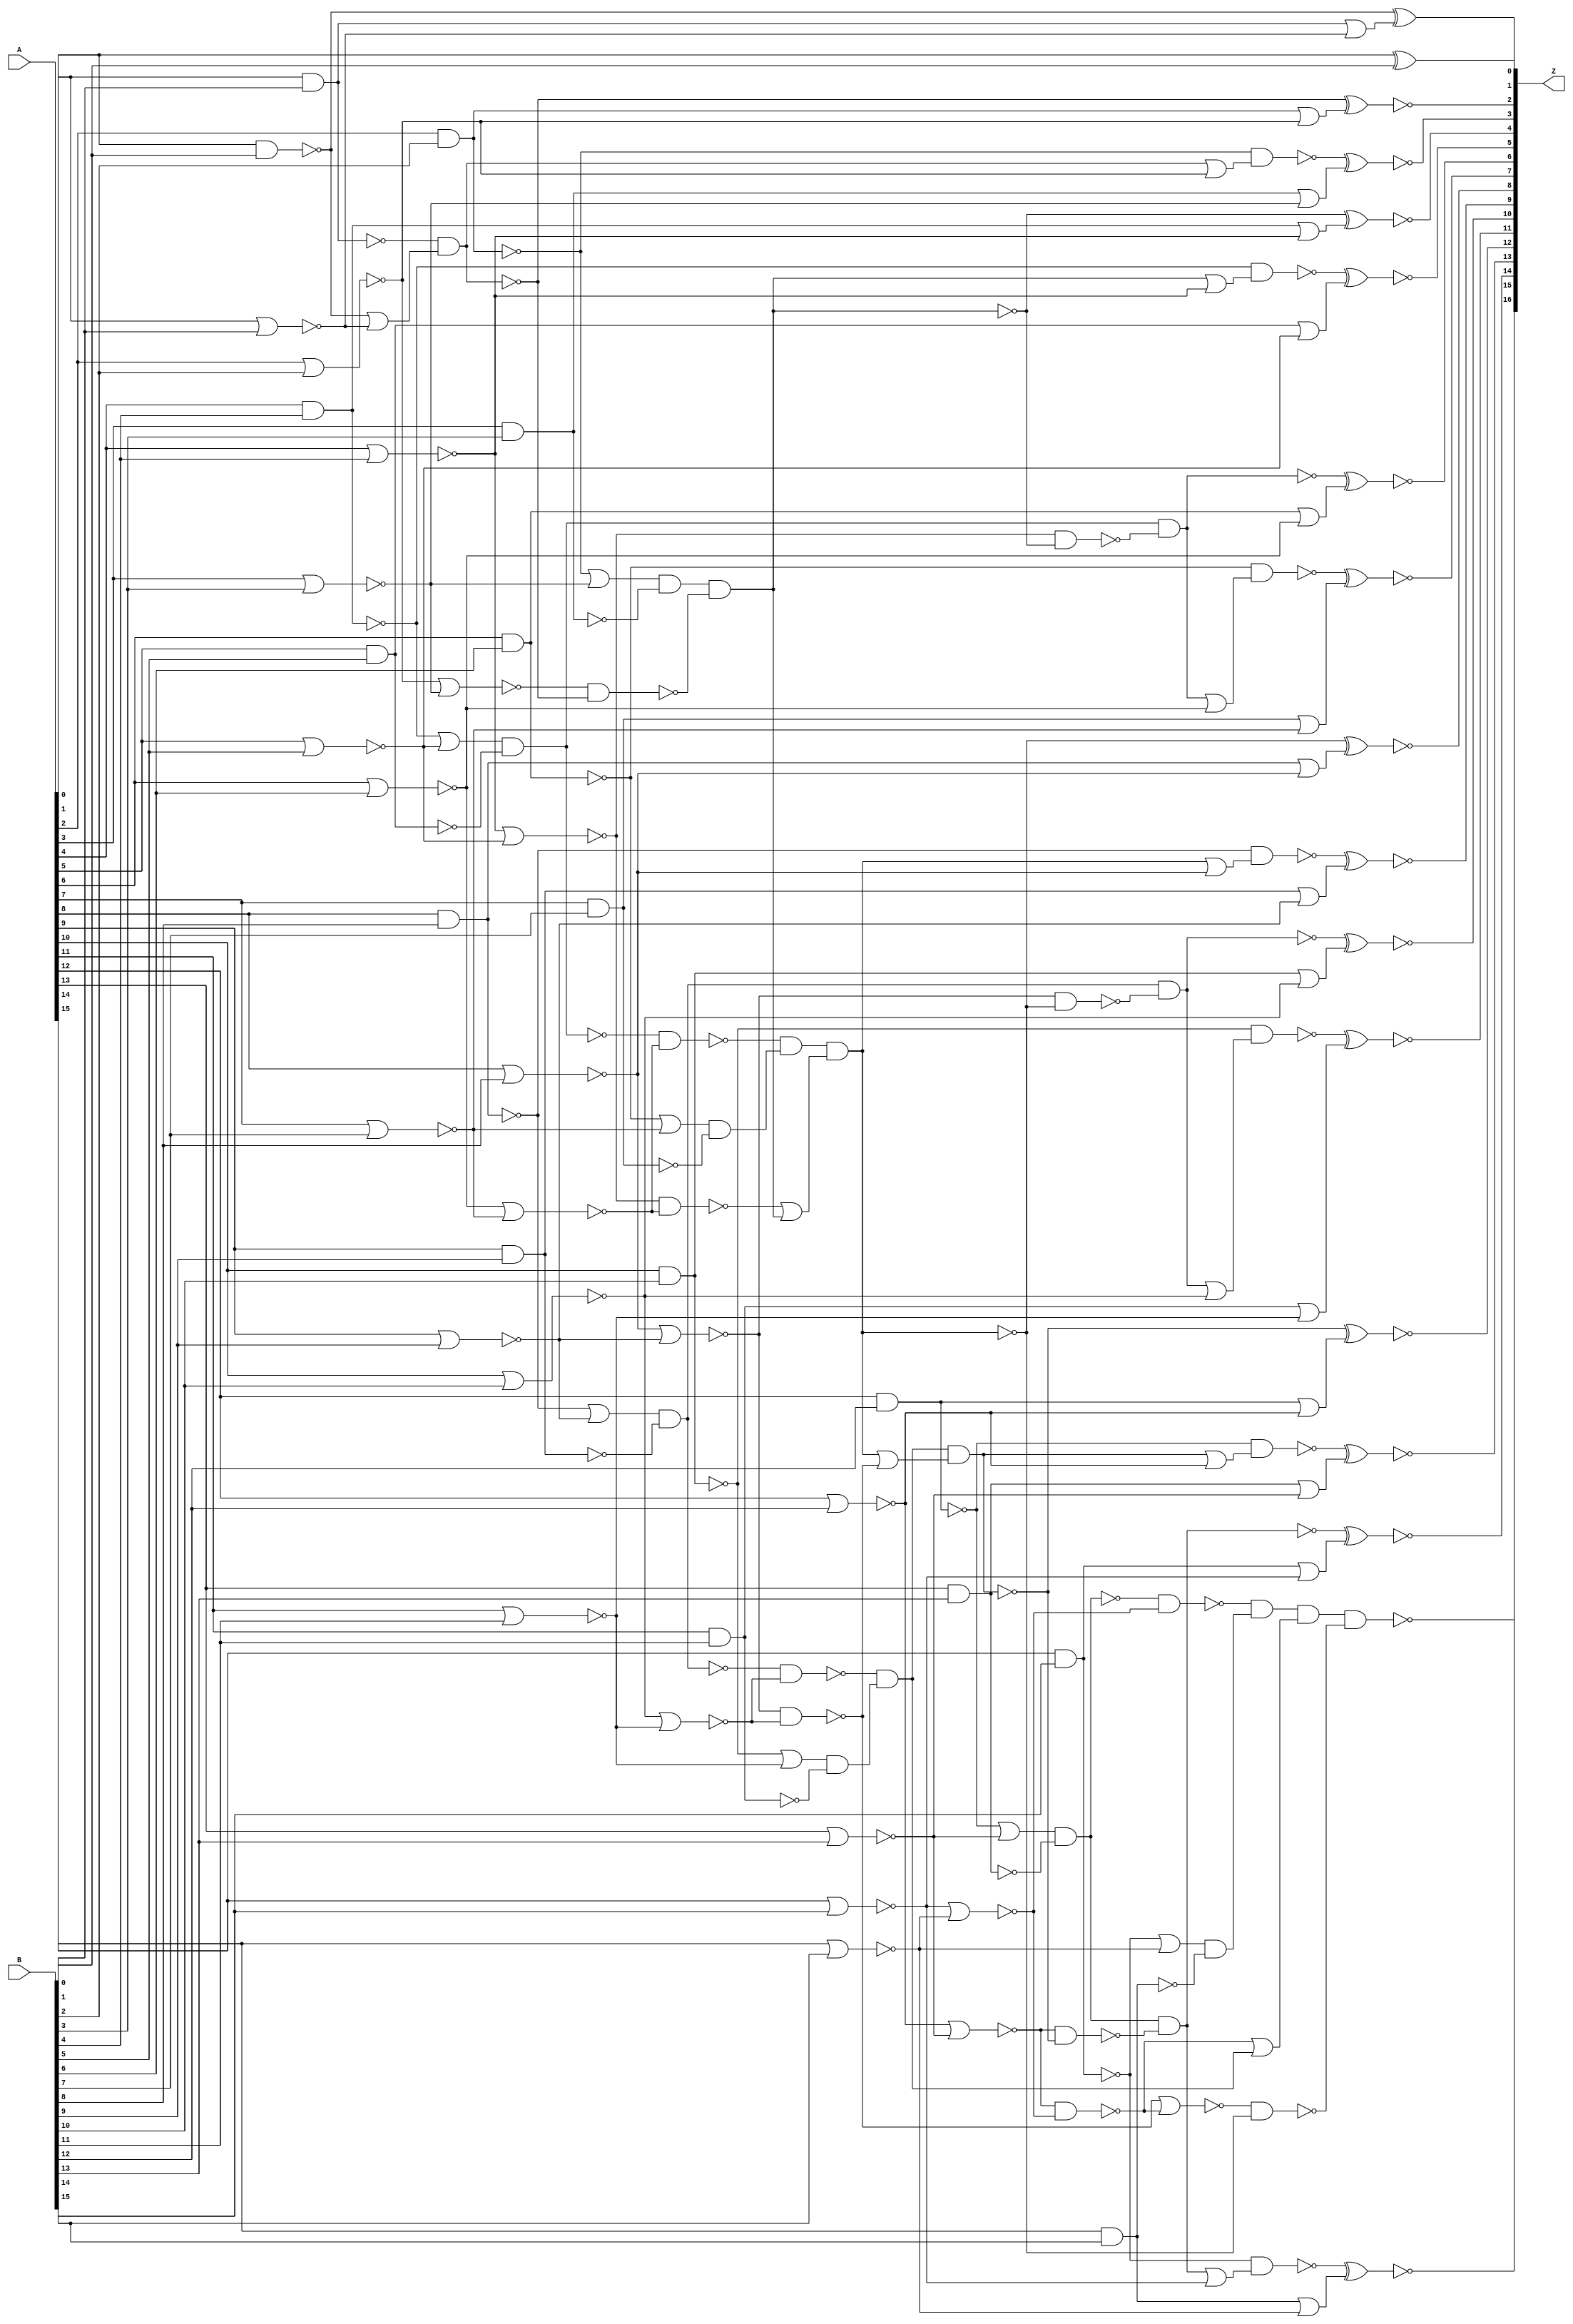
module G2C_DP_add_unsigned_GENERIC_REAL(A, B, Z);
// synthesis_equation add_unsigned
  input [15:0] A, B;
  output [16:0] Z;
  wire [15:0] A, B;
  wire [16:0] Z;
  wire n_51, n_54, n_57, n_58, n_59, n_60, n_61, n_62;
  wire n_64, n_65, n_66, n_67, n_68, n_70, n_71, n_72;
  wire n_73, n_74, n_76, n_77, n_78, n_79, n_80, n_82;
  wire n_83, n_84, n_85, n_86, n_88, n_89, n_90, n_91;
  wire n_92, n_94, n_95, n_96, n_97, n_98, n_100, n_101;
  wire n_102, n_103, n_104, n_105, n_106, n_108, n_109, n_111;
  wire n_112, n_113, n_115, n_116, n_118, n_119, n_120, n_122;
  wire n_123, n_125, n_126, n_127, n_129, n_130, n_131, n_132;
  wire n_133, n_134, n_136, n_137, n_138, n_139, n_140, n_142;
  wire n_143, n_144, n_145, n_146, n_148, n_150, n_151, n_153;
  wire n_155, n_156, n_158, n_160, n_161, n_163, n_164, n_165;
  wire n_167, n_168, n_169, n_171, n_172, n_173, n_175, n_176;
  wire n_177, n_179, n_180, n_181, n_183, n_184, n_185, n_187;
  wire n_188, n_189, n_191, n_192;
  xor g1 (Z[0], A[0], B[0]);
  nand g2 (n_51, A[0], B[0]);
  nor g6 (n_54, A[1], B[1]);
  nand g7 (n_57, A[1], B[1]);
  nor g8 (n_64, A[2], B[2]);
  nand g9 (n_59, A[2], B[2]);
  nor g10 (n_60, A[3], B[3]);
  nand g11 (n_61, A[3], B[3]);
  nor g12 (n_70, A[4], B[4]);
  nand g13 (n_65, A[4], B[4]);
  nor g14 (n_66, A[5], B[5]);
  nand g15 (n_67, A[5], B[5]);
  nor g16 (n_76, A[6], B[6]);
  nand g17 (n_71, A[6], B[6]);
  nor g18 (n_72, A[7], B[7]);
  nand g19 (n_73, A[7], B[7]);
  nor g20 (n_82, A[8], B[8]);
  nand g21 (n_77, A[8], B[8]);
  nor g22 (n_78, A[9], B[9]);
  nand g23 (n_79, A[9], B[9]);
  nor g24 (n_88, A[10], B[10]);
  nand g25 (n_83, A[10], B[10]);
  nor g26 (n_84, A[11], B[11]);
  nand g27 (n_85, A[11], B[11]);
  nor g28 (n_94, A[12], B[12]);
  nand g29 (n_89, A[12], B[12]);
  nor g30 (n_90, A[13], B[13]);
  nand g31 (n_91, A[13], B[13]);
  nor g32 (n_100, A[14], B[14]);
  nand g33 (n_95, A[14], B[14]);
  nor g34 (n_96, A[15], B[15]);
  nand g35 (n_97, A[15], B[15]);
  nand g38 (n_102, n_57, n_58);
  nor g39 (n_62, n_59, n_60);
  nor g42 (n_101, n_64, n_60);
  nor g43 (n_68, n_65, n_66);
  nor g46 (n_111, n_70, n_66);
  nor g47 (n_74, n_71, n_72);
  nor g50 (n_105, n_76, n_72);
  nor g51 (n_80, n_77, n_78);
  nor g54 (n_118, n_82, n_78);
  nor g55 (n_86, n_83, n_84);
  nor g58 (n_112, n_88, n_84);
  nor g59 (n_92, n_89, n_90);
  nor g62 (n_125, n_94, n_90);
  nor g63 (n_98, n_95, n_96);
  nor g66 (n_119, n_100, n_96);
  nand g67 (n_104, n_101, n_102);
  nand g68 (n_127, n_103, n_104);
  nand g73 (n_126, n_111, n_105);
  nand g78 (n_136, n_118, n_112);
  nand g83 (n_131, n_125, n_119);
  nand g86 (n_138, n_129, n_130);
  nor g87 (n_134, n_131, n_132);
  nor g90 (n_137, n_136, n_131);
  nand g91 (n_140, n_137, n_138);
  nand g92 (Z[16], n_139, n_140);
  nand g95 (n_145, n_132, n_142);
  nand g96 (n_143, n_111, n_127);
  nand g97 (n_151, n_106, n_143);
  nand g98 (n_144, n_118, n_138);
  nand g99 (n_156, n_113, n_144);
  nand g100 (n_146, n_125, n_145);
  nand g101 (n_161, n_120, n_146);
  nand g104 (n_167, n_59, n_148);
  nand g107 (n_171, n_65, n_150);
  nand g110 (n_175, n_71, n_153);
  nand g113 (n_179, n_77, n_155);
  nand g116 (n_183, n_83, n_158);
  nand g119 (n_187, n_89, n_160);
  nand g122 (n_191, n_95, n_163);
  xnor g126 (Z[2], n_102, n_165);
  xnor g129 (Z[3], n_167, n_168);
  xnor g131 (Z[4], n_127, n_169);
  xnor g134 (Z[5], n_171, n_172);
  xnor g136 (Z[6], n_151, n_173);
  xnor g139 (Z[7], n_175, n_176);
  xnor g141 (Z[8], n_138, n_177);
  xnor g144 (Z[9], n_179, n_180);
  xnor g146 (Z[10], n_156, n_181);
  xnor g149 (Z[11], n_183, n_184);
  xnor g151 (Z[12], n_145, n_185);
  xnor g154 (Z[13], n_187, n_188);
  xnor g156 (Z[14], n_161, n_189);
  xnor g159 (Z[15], n_191, n_192);
  or g162 (n_58, n_51, n_54);
  and g163 (n_103, wc, n_61);
  not gc (wc, n_62);
  and g164 (n_106, wc0, n_67);
  not gc0 (wc0, n_68);
  and g165 (n_108, wc1, n_73);
  not gc1 (wc1, n_74);
  and g166 (n_113, wc2, n_79);
  not gc2 (wc2, n_80);
  and g167 (n_115, wc3, n_85);
  not gc3 (wc3, n_86);
  and g168 (n_120, wc4, n_91);
  not gc4 (wc4, n_92);
  and g169 (n_122, wc5, n_97);
  not gc5 (wc5, n_98);
  or g170 (n_164, wc6, n_54);
  not gc6 (wc6, n_57);
  or g171 (n_165, wc7, n_64);
  not gc7 (wc7, n_59);
  or g172 (n_168, wc8, n_60);
  not gc8 (wc8, n_61);
  or g173 (n_169, wc9, n_70);
  not gc9 (wc9, n_65);
  or g174 (n_172, wc10, n_66);
  not gc10 (wc10, n_67);
  or g175 (n_173, wc11, n_76);
  not gc11 (wc11, n_71);
  or g176 (n_176, wc12, n_72);
  not gc12 (wc12, n_73);
  or g177 (n_177, wc13, n_82);
  not gc13 (wc13, n_77);
  or g178 (n_180, wc14, n_78);
  not gc14 (wc14, n_79);
  or g179 (n_181, wc15, n_88);
  not gc15 (wc15, n_83);
  or g180 (n_184, wc16, n_84);
  not gc16 (wc16, n_85);
  or g181 (n_185, wc17, n_94);
  not gc17 (wc17, n_89);
  or g182 (n_188, wc18, n_90);
  not gc18 (wc18, n_91);
  or g183 (n_189, wc19, n_100);
  not gc19 (wc19, n_95);
  or g184 (n_192, wc20, n_96);
  not gc20 (wc20, n_97);
  and g185 (n_109, wc21, n_105);
  not gc21 (wc21, n_106);
  and g186 (n_116, wc22, n_112);
  not gc22 (wc22, n_113);
  and g187 (n_123, wc23, n_119);
  not gc23 (wc23, n_120);
  xor g188 (Z[1], n_51, n_164);
  and g189 (n_129, wc24, n_108);
  not gc24 (wc24, n_109);
  and g190 (n_132, wc25, n_115);
  not gc25 (wc25, n_116);
  and g191 (n_133, wc26, n_122);
  not gc26 (wc26, n_123);
  or g192 (n_148, wc27, n_64);
  not gc27 (wc27, n_102);
  or g193 (n_130, n_126, wc28);
  not gc28 (wc28, n_127);
  and g194 (n_139, n_133, wc29);
  not gc29 (wc29, n_134);
  or g195 (n_150, wc30, n_70);
  not gc30 (wc30, n_127);
  or g196 (n_142, wc31, n_136);
  not gc31 (wc31, n_138);
  or g197 (n_153, wc32, n_76);
  not gc32 (wc32, n_151);
  or g198 (n_155, wc33, n_82);
  not gc33 (wc33, n_138);
  or g199 (n_158, wc34, n_88);
  not gc34 (wc34, n_156);
  or g200 (n_160, wc35, n_94);
  not gc35 (wc35, n_145);
  or g201 (n_163, wc36, n_100);
  not gc36 (wc36, n_161);
endmodule

module G2C_DP_add_unsigned_GENERIC(A, B, Z);
  input [15:0] A, B;
  output [16:0] Z;
  wire [15:0] A, B;
  wire [16:0] Z;
  G2C_DP_add_unsigned_GENERIC_REAL g1(.A (A), .B (B), .Z (Z));
endmodule

module G2C_DP_add_unsigned_2_GENERIC_REAL(A, B, Z);
// synthesis_equation add_unsigned
  input [15:0] A;
  input [17:0] B;
  output [17:0] Z;
  wire [15:0] A;
  wire [17:0] B;
  wire [17:0] Z;
  wire n_56, n_59, n_62, n_63, n_64, n_65, n_66, n_67;
  wire n_69, n_70, n_71, n_72, n_73, n_75, n_76, n_77;
  wire n_78, n_79, n_81, n_82, n_83, n_84, n_85, n_87;
  wire n_88, n_89, n_90, n_91, n_93, n_94, n_95, n_96;
  wire n_97, n_99, n_100, n_101, n_102, n_103, n_105, n_112;
  wire n_114, n_115, n_116, n_117, n_118, n_119, n_121, n_123;
  wire n_125, n_126, n_128, n_129, n_131, n_133, n_135, n_136;
  wire n_138, n_139, n_141, n_143, n_145, n_146, n_148, n_150;
  wire n_151, n_152, n_154, n_155, n_156, n_158, n_159, n_160;
  wire n_161, n_163, n_165, n_167, n_168, n_169, n_171, n_172;
  wire n_173, n_175, n_177, n_178, n_179, n_181, n_182, n_184;
  wire n_185, n_186, n_187, n_188, n_189, n_190, n_191, n_192;
  wire n_193, n_194, n_195, n_196, n_197, n_199, n_203, n_204;
  wire n_206, n_207, n_208, n_210, n_211, n_212, n_213, n_215;
  wire n_216, n_217, n_219, n_220, n_221, n_222, n_224, n_225;
  wire n_227, n_228, n_230, n_231, n_232, n_233, n_235, n_236;
  xor g1 (Z[0], A[0], B[0]);
  nand g2 (n_56, A[0], B[0]);
  nor g6 (n_59, A[1], B[1]);
  nand g7 (n_62, A[1], B[1]);
  nor g8 (n_69, A[2], B[2]);
  nand g9 (n_64, A[2], B[2]);
  nor g10 (n_65, A[3], B[3]);
  nand g11 (n_66, A[3], B[3]);
  nor g12 (n_75, A[4], B[4]);
  nand g13 (n_70, A[4], B[4]);
  nor g14 (n_71, A[5], B[5]);
  nand g15 (n_72, A[5], B[5]);
  nor g16 (n_81, A[6], B[6]);
  nand g17 (n_76, A[6], B[6]);
  nor g18 (n_77, A[7], B[7]);
  nand g19 (n_78, A[7], B[7]);
  nor g20 (n_87, A[8], B[8]);
  nand g21 (n_82, A[8], B[8]);
  nor g22 (n_83, A[9], B[9]);
  nand g23 (n_84, A[9], B[9]);
  nor g24 (n_93, A[10], B[10]);
  nand g25 (n_88, A[10], B[10]);
  nor g26 (n_89, A[11], B[11]);
  nand g27 (n_90, A[11], B[11]);
  nor g28 (n_99, A[12], B[12]);
  nand g29 (n_94, A[12], B[12]);
  nor g30 (n_95, A[13], B[13]);
  nand g31 (n_96, A[13], B[13]);
  nor g32 (n_105, A[14], B[14]);
  nand g33 (n_100, A[14], B[14]);
  nor g34 (n_101, A[15], B[15]);
  nand g35 (n_102, A[15], B[15]);
  nand g42 (n_112, n_62, n_63);
  nor g43 (n_67, n_64, n_65);
  nor g46 (n_115, n_69, n_65);
  nor g47 (n_73, n_70, n_71);
  nor g50 (n_121, n_75, n_71);
  nor g51 (n_79, n_76, n_77);
  nor g54 (n_123, n_81, n_77);
  nor g55 (n_85, n_82, n_83);
  nor g58 (n_131, n_87, n_83);
  nor g59 (n_91, n_88, n_89);
  nor g62 (n_133, n_93, n_89);
  nor g63 (n_97, n_94, n_95);
  nor g66 (n_141, n_99, n_95);
  nor g67 (n_103, n_100, n_101);
  nor g70 (n_143, n_105, n_101);
  nand g77 (n_206, n_64, n_114);
  nand g78 (n_117, n_115, n_112);
  nand g79 (n_148, n_116, n_117);
  nor g80 (n_119, n_81, n_118);
  nand g89 (n_156, n_121, n_123);
  nor g90 (n_129, n_93, n_128);
  nand g99 (n_163, n_131, n_133);
  nor g100 (n_139, n_105, n_138);
  nand g109 (n_171, n_141, n_143);
  nand g112 (n_210, n_70, n_150);
  nand g113 (n_151, n_121, n_148);
  nand g114 (n_212, n_118, n_151);
  nand g117 (n_215, n_154, n_155);
  nand g120 (n_175, n_158, n_159);
  nor g121 (n_161, n_99, n_160);
  nor g124 (n_185, n_99, n_163);
  nor g130 (n_169, n_167, n_160);
  nor g133 (n_191, n_163, n_167);
  nor g134 (n_173, n_171, n_160);
  nor g137 (n_194, n_163, n_171);
  nand g140 (n_219, n_82, n_177);
  nand g141 (n_178, n_131, n_175);
  nand g142 (n_221, n_128, n_178);
  nand g145 (n_224, n_181, n_182);
  nand g148 (n_227, n_160, n_184);
  nand g149 (n_187, n_185, n_175);
  nand g150 (n_230, n_186, n_187);
  nand g151 (n_190, n_188, n_175);
  nand g152 (n_232, n_189, n_190);
  nand g153 (n_193, n_191, n_175);
  nand g154 (n_235, n_192, n_193);
  nand g155 (n_196, n_194, n_175);
  nand g156 (n_197, n_195, n_196);
  nand g158 (n_199, n_197, B[16]);
  xnor g165 (Z[2], n_112, n_204);
  xnor g168 (Z[3], n_206, n_207);
  xnor g170 (Z[4], n_148, n_208);
  xnor g173 (Z[5], n_210, n_211);
  xnor g175 (Z[6], n_212, n_213);
  xnor g178 (Z[7], n_215, n_216);
  xnor g180 (Z[8], n_175, n_217);
  xnor g183 (Z[9], n_219, n_220);
  xnor g185 (Z[10], n_221, n_222);
  xnor g188 (Z[11], n_224, n_225);
  xnor g191 (Z[12], n_227, n_228);
  xnor g194 (Z[13], n_230, n_231);
  xnor g196 (Z[14], n_232, n_233);
  xnor g199 (Z[15], n_235, n_236);
  or g212 (n_63, n_56, n_59);
  and g213 (n_116, wc, n_66);
  not gc (wc, n_67);
  and g214 (n_118, wc0, n_72);
  not gc0 (wc0, n_73);
  and g215 (n_125, wc1, n_78);
  not gc1 (wc1, n_79);
  and g216 (n_128, wc2, n_84);
  not gc2 (wc2, n_85);
  and g217 (n_135, wc3, n_90);
  not gc3 (wc3, n_91);
  and g218 (n_138, wc4, n_96);
  not gc4 (wc4, n_97);
  and g219 (n_145, wc5, n_102);
  not gc5 (wc5, n_103);
  or g220 (n_152, wc6, n_81);
  not gc6 (wc6, n_121);
  or g221 (n_179, wc7, n_93);
  not gc7 (wc7, n_131);
  or g222 (n_167, wc8, n_105);
  not gc8 (wc8, n_141);
  or g223 (n_203, wc9, n_59);
  not gc9 (wc9, n_62);
  or g224 (n_204, wc10, n_69);
  not gc10 (wc10, n_64);
  or g225 (n_207, wc11, n_65);
  not gc11 (wc11, n_66);
  or g226 (n_208, wc12, n_75);
  not gc12 (wc12, n_70);
  or g227 (n_211, wc13, n_71);
  not gc13 (wc13, n_72);
  or g228 (n_213, wc14, n_81);
  not gc14 (wc14, n_76);
  or g229 (n_216, wc15, n_77);
  not gc15 (wc15, n_78);
  or g230 (n_217, wc16, n_87);
  not gc16 (wc16, n_82);
  or g231 (n_220, wc17, n_83);
  not gc17 (wc17, n_84);
  or g232 (n_222, wc18, n_93);
  not gc18 (wc18, n_88);
  or g233 (n_225, wc19, n_89);
  not gc19 (wc19, n_90);
  or g234 (n_228, wc20, n_99);
  not gc20 (wc20, n_94);
  or g235 (n_231, wc21, n_95);
  not gc21 (wc21, n_96);
  or g236 (n_233, wc22, n_105);
  not gc22 (wc22, n_100);
  or g237 (n_236, wc23, n_101);
  not gc23 (wc23, n_102);
  and g238 (n_126, wc24, n_123);
  not gc24 (wc24, n_118);
  and g239 (n_136, wc25, n_133);
  not gc25 (wc25, n_128);
  and g240 (n_146, wc26, n_143);
  not gc26 (wc26, n_138);
  and g241 (n_188, wc27, n_141);
  not gc27 (wc27, n_163);
  xor g242 (Z[1], n_56, n_203);
  or g243 (n_114, wc28, n_69);
  not gc28 (wc28, n_112);
  and g244 (n_154, wc29, n_76);
  not gc29 (wc29, n_119);
  and g245 (n_158, wc30, n_125);
  not gc30 (wc30, n_126);
  and g246 (n_181, wc31, n_88);
  not gc31 (wc31, n_129);
  and g247 (n_160, wc32, n_135);
  not gc32 (wc32, n_136);
  and g248 (n_168, wc33, n_100);
  not gc33 (wc33, n_139);
  and g249 (n_172, wc34, n_145);
  not gc34 (wc34, n_146);
  and g250 (n_165, wc35, n_141);
  not gc35 (wc35, n_160);
  or g251 (n_150, wc36, n_75);
  not gc36 (wc36, n_148);
  or g252 (n_155, n_152, wc37);
  not gc37 (wc37, n_148);
  or g253 (n_159, n_156, wc38);
  not gc38 (wc38, n_148);
  and g254 (n_186, wc39, n_94);
  not gc39 (wc39, n_161);
  and g255 (n_189, wc40, n_138);
  not gc40 (wc40, n_165);
  and g256 (n_192, n_168, wc41);
  not gc41 (wc41, n_169);
  and g257 (n_195, n_172, wc42);
  not gc42 (wc42, n_173);
  or g258 (n_177, wc43, n_87);
  not gc43 (wc43, n_175);
  or g259 (n_182, n_179, wc44);
  not gc44 (wc44, n_175);
  or g260 (n_184, wc45, n_163);
  not gc45 (wc45, n_175);
  xor g261 (Z[16], n_197, B[16]);
  xnor g262 (Z[17], n_199, B[17]);
endmodule

module G2C_DP_add_unsigned_2_GENERIC(A, B, Z);
  input [15:0] A;
  input [17:0] B;
  output [17:0] Z;
  wire [15:0] A;
  wire [17:0] B;
  wire [17:0] Z;
  G2C_DP_add_unsigned_2_GENERIC_REAL g1(.A (A), .B (B), .Z (Z));
endmodule